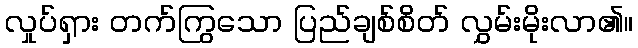
လှုပ်ရှား တက်ကြွသော ပြည်ချစ်စိတ် လွှမ်းမိုးလာ၏။